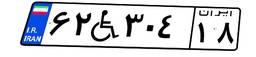
۶۲W۳۰۴۱۸